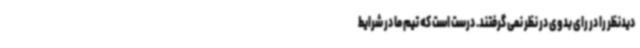
دیدنظر را در رای بدوی در نظر نمی گرفتند. درست است که تیم ما در شرایط